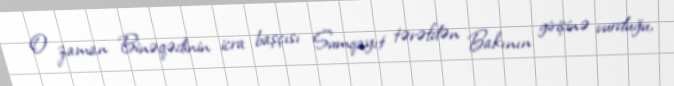
O zaman Binəqədinin icra başçısı Sumqayıt tərəfdən Bakının girişinə vurduğu,